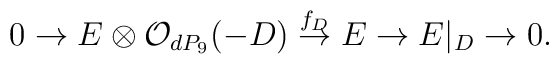
0 \rightarrow E \otimes {\cal O}_{dP_9} (-D)\stackrel{f_D}{\rightarrow} E\rightarrow E|_{D} \rightarrow 0.